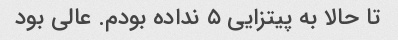
تا حالا به پیتزایی ۵ نداده بودم. عالی بود